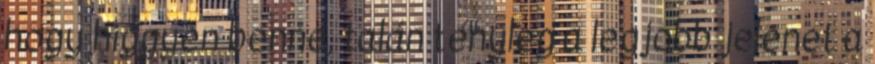
hogy higgyen benne, talán tényleg a legjobb jelenet a